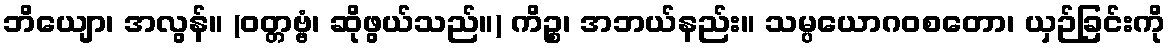
ဘိယျော၊ အလွန်။ (ဝတ္တဗ္ဗံ၊ ဆိုဖွယ်သည်။) ကိဉ္စ၊ အဘယ်နည်း။ သမ္ပယောဂဝစတော၊ ယှဉ်ခြင်းကို